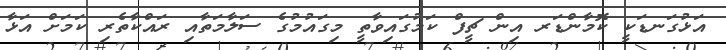
އަޅުގަނޑަކީ ކޮމާންޑަރ އިން ޗީފް ކަމުގައިވާތީ މިގައުމުގެ ސަލާމަތާއި ރައްކާތެރި ކަމަށް އަޅާ